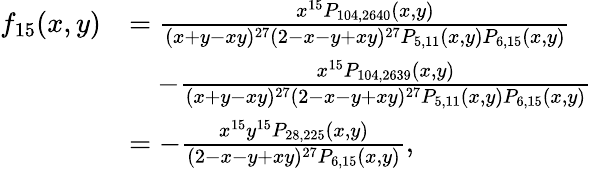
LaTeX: \begin{array}{rl}{f_{15}(x,y)}&{=\frac{x^{15}P_{104,2640}(x,y)}{(x+y-xy)^{27}(2-x-y+xy)^{27}P_{5,11}(x,y)P_{6,15}(x,y)}}\\ &{\quad-\frac{x^{15}P_{104,2639}(x,y)}{(x+y-xy)^{27}(2-x-y+xy)^{27}P_{5,11}(x,y)P_{6,15}(x,y)}}\\ &{=-\frac{x^{15}y^{15}P_{28,225}(x,y)}{(2-x-y+xy)^{27}P_{6,15}(x,y)},}\end{array}